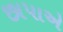
છાપાએ